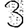
Digit: 3